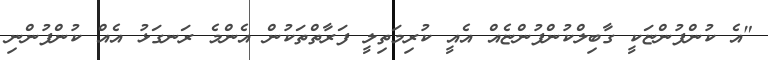
"އެ ކުންފުންޏަކީ ގާބިލްކުންފުންޏެއް އެއީ ކުރިމަތިލީ ފަރާތްތަކުން އެންމެ ރަނގަޅު އެއް ކުންފުންނި